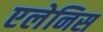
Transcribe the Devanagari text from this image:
एलेनिस